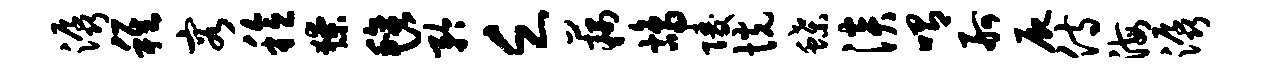
潺稚容稔獠毡矜乏藕鸪陵恍蝶淡喟舸尸侍海潺